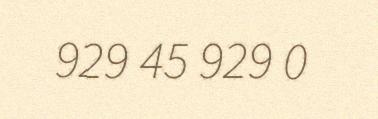
929 45 929 0